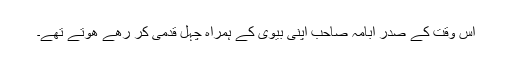
اس وقت کے صدر ابامہ صاحب اپنی بیوی کے ہمراہ چہل قدمی کر رھے ھوتے تھے۔